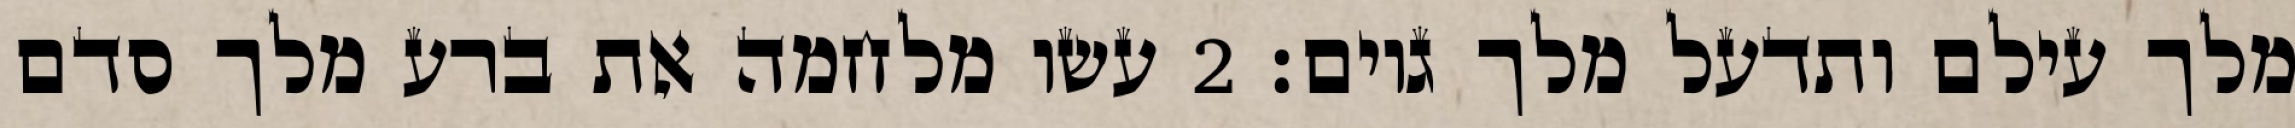
מלך עילם ותדעל מלך גוים׃ ‎2‏ עשו מלחמה את ברע מלך סדם